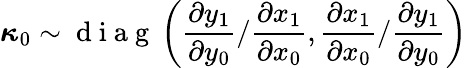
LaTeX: \boldsymbol\kappa_{0}\sim\mathrm{~d~i~a~g~}\left(\frac{\partial y_{1}}{\partial y_{0}}/\frac{\partial x_{1}}{\partial x_{0}},\frac{\partial x_{1}}{\partial x_{0}}/\frac{\partial y_{1}}{\partial y_{0}}\right)